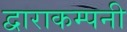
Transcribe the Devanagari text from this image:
द्वाराकम्‍पनी